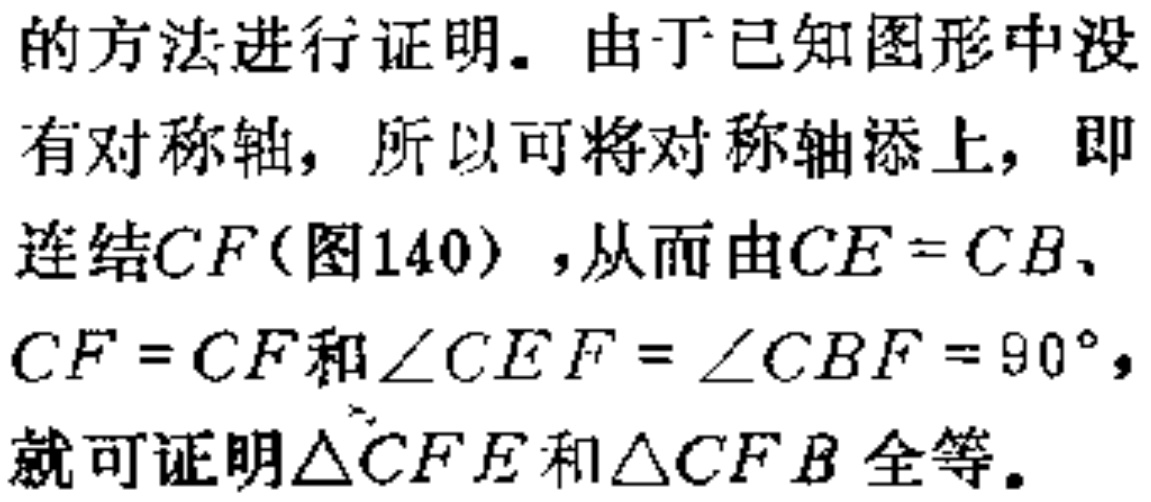
的方法进行证明。由于已知图形中没

有对称轴，所以可将对称轴添上，即

连结\(CF\)(图140)，从而由\(CE = CB\)、

\(CF = CF\)和\(\angle CEF=\angle CBF = 90^{\circ}\)，

就可证明\(\triangle CFE\)和\(\triangle CFB\)全等。